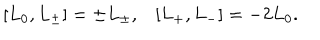
[ L _ { 0 } , L _ { \pm } ] = \pm L _ { \pm } , [ L _ { + } , L _ { - } ] = - 2 L _ { 0 } .